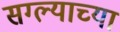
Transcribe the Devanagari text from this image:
सग्ल्याच्या